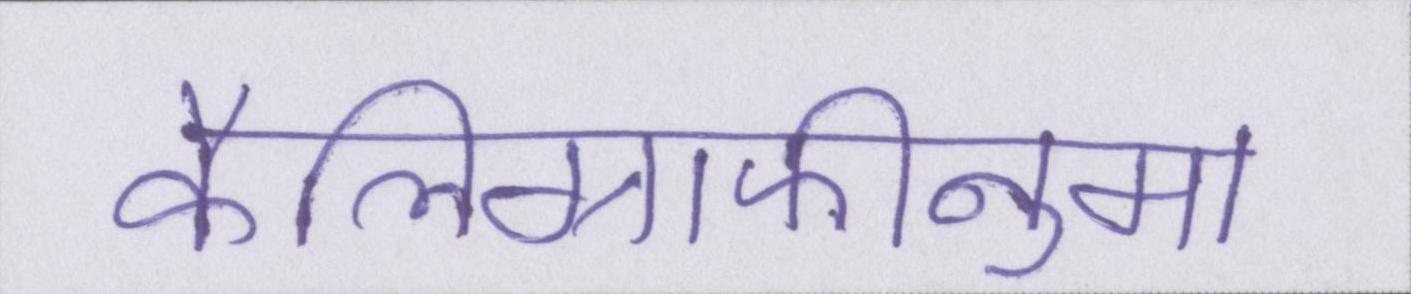
कैलिग्राफीनुमा